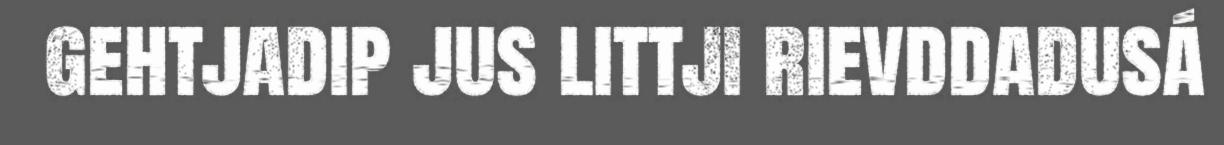
gehtjadip jus littji rievddadusá